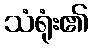
သံရုံး၏